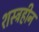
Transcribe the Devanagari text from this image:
शस्त्रहीन